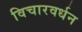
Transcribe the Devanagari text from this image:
विचारवर्धन